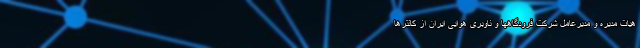
هیات مدیره و مدیرعامل شرکت فرودگاهها و ناوبری هوایی ایران از کانترها